Annual statistical returns and brief notes on vaccination in Bengal - 1896-1909
Year: 1896
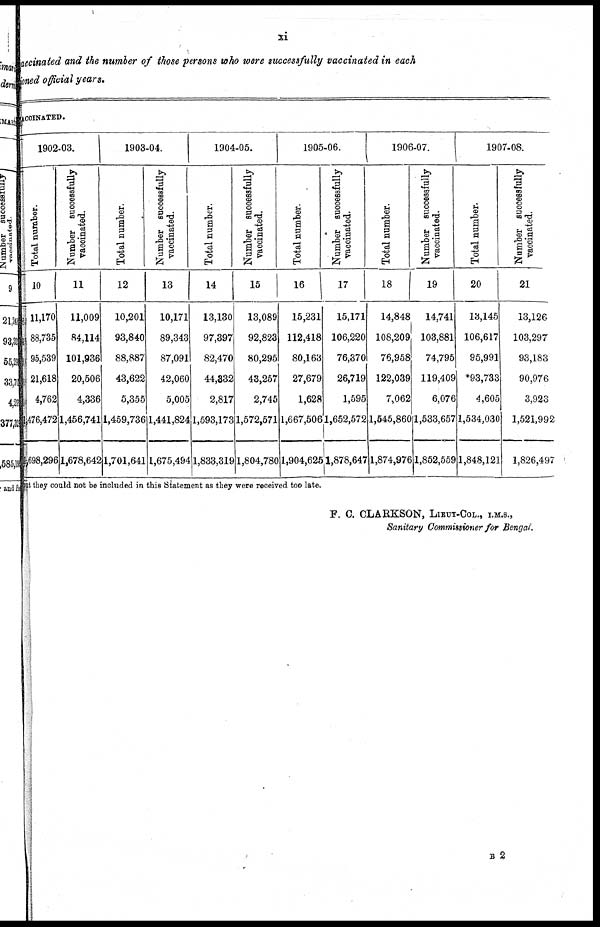
xi
accinated and the number of those persons who were successfully vaccinated in each
oned official years.
VACCINATED.
1902-03.
Total number.
10
11,170
88,735
95,539
21,618
4,762
1,476,472
1,698,296
Number successfully
vaccinated.
11
11,009
84,114
101,936
20,506
4,336
1,456,741
1,678,642
1903-04.
Total number.
12
10,201
93,840
88,887
43,622
5,355
1,459,736
1,701,641
Number successfully
vaccinated.
13
10,171
89,343
87,091
42,060
5,005
1,441,824
1,675,494
1904-05.
Total number.
14
13,130
97,397
82,470
44,332
2,817
1,593,173
1,833,319
Number successfully
vaccinated.
15
13,089
92,823
80,295
43,257
2,745
1,572,571
1,804,780
1905-06.
Total number.
16
15,231
112,418
80,163
27,679
1,628
1,667,506
1,904,625
Number successfully
vaccinated.
17
15,171
106,220
76,370
26,719
1,595
1,652,572
1,878,647
1906-07.
Total number.
18
14,848
108,209
76,958
122,039
7,062
1,545,860
1,874,976
Number successfully
vaccinated.
19
14,741
103,881
74,795
119,409
6,076
1,533,657
1,852,559
1907-08.
Total number.
20
13,145
106,617
95,991
*93,733
4,605
1,534,030
1,848,121
Number successfully
vaccinated.
21
13,126
103,297
93,183
90,976
3,923
1,521,992
1,826,497
ant they could not be included in this Statement as they were received too late.
F. C. CLARKSON, LIEUT-COL., I.M.S.,
Sanitary Commissioner for Bengal.
B 2